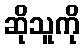
ဆိုသူကို